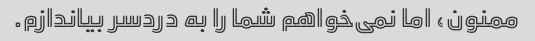
ممنون، اما نمی‌خواهم شما را به دردسر بیاندازم.